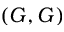
( G , G )